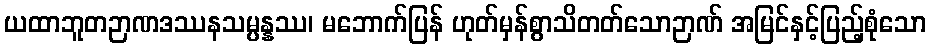
ယထာဘူတဉာဏဒဿနသမ္ပန္နဿ၊ မဘောက်ပြန် ဟုတ်မှန်စွာသိတတ်သောဉာဏ် အမြင်နှင့်ပြည့်စုံသော